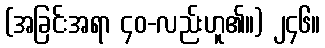
(အခြင်းအရာ ၄၀-လည်းဟူ၏။) ၂၄၆။